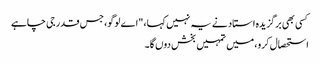
کسی بھی برگزیدہ استاد نے یہ نہیں کہا، "اے لوگو، جس قدر جی چاہے
استحصال کرو، میں تمہیں بخش دوں گا۔